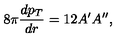
8 \pi { \frac { d p _ { T } } { d r } } = 1 2 A ^ { \prime } A ^ { \prime \prime } ,